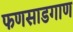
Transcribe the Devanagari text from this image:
फणसाडगाण